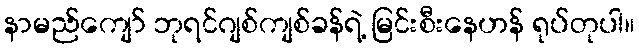
နာမည်ကျော် ဘုရင်ဂျစ်ကျစ်ခန်ရဲ့ မြင်းစီးနေဟန် ရုပ်တုပါ။